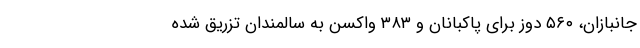
جانبازان، ۵۶۰ دوز برای پاکبانان و ۳۸۳ واکسن به سالمندان تزریق شده